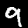
Label: 9